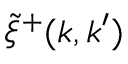
\tilde { \xi } ^ { + } ( \boldsymbol { k } , \boldsymbol { k } ^ { \prime } )